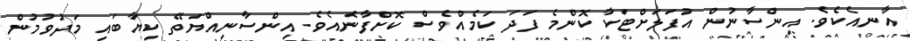
އާނއެކެވެ. އިންސާނުން އުފަލަށްޓަކާ ކޮންމެ ފަދަ ކަމެއްވެސް ކޮށްފާނެއެވެ. އިންސާނިއްޔަތޭ ކިޔާބައި މަދުވުމުން